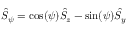
\hat { S } _ { \psi } = \cos ( \psi ) \hat { S } _ { z } - \sin ( \psi ) \hat { S } _ { y }